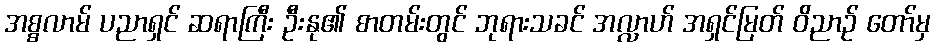
အစ္စလာမ် ပညာရှင် ဆရာကြီး ဦးနု၏ စာတမ်းတွင် ဘုရားသခင် အလ္လာဟ် အရှင်မြတ် ဝိညာဉ် တော်မှ